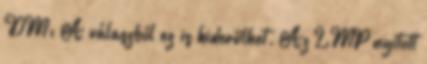
DM: A válaszból ez is kiderülhet. Az LMP nyitott